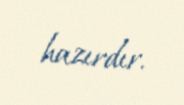
hazırdır.